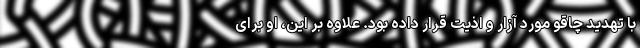
با تهدید چاقو مورد آزار و اذیت قرار داده بود. علاوه بر این، او برای